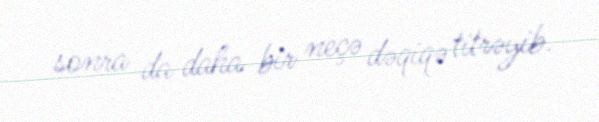
sonra da daha bir neçə dəqiqə titrəyib.